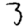
Digit: 3